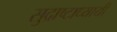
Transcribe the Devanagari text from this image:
सुद्राष्टाध्यायी